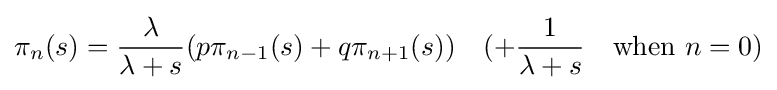
\pi _{n}(s)={\frac {\lambda }{\lambda +s}}(p\pi _{n-1}(s)+q\pi _{n+1}(s))\quad (+{\frac {1}{\lambda +s}}\quad {\text{when}}\ n=0)